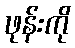
ဖုန်းကို